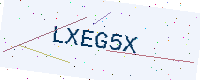
Text: LXEG5X